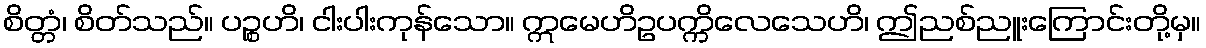
စိတ္တံ၊ စိတ်သည်။ ပဉ္စဟိ၊ ငါးပါးကုန်သော။ ဣမေဟိဥပက္ကိလေသေဟိ၊ ဤညစ်ညူးကြောင်းတို့မှ။